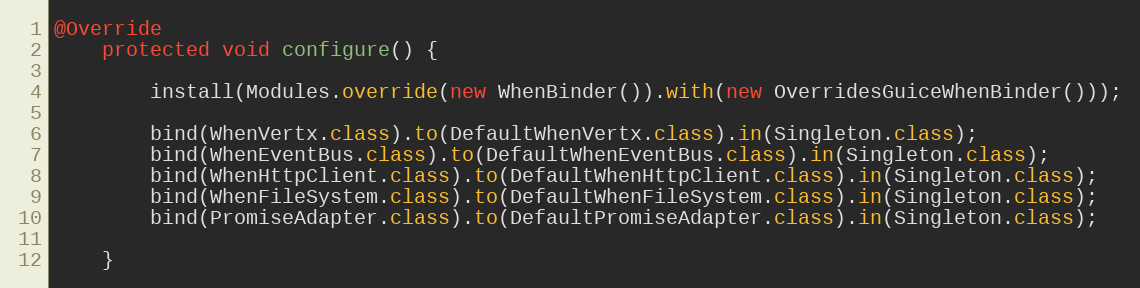
Language: Java
@Override
    protected void configure() {

        install(Modules.override(new WhenBinder()).with(new OverridesGuiceWhenBinder()));

        bind(WhenVertx.class).to(DefaultWhenVertx.class).in(Singleton.class);
        bind(WhenEventBus.class).to(DefaultWhenEventBus.class).in(Singleton.class);
        bind(WhenHttpClient.class).to(DefaultWhenHttpClient.class).in(Singleton.class);
        bind(WhenFileSystem.class).to(DefaultWhenFileSystem.class).in(Singleton.class);
        bind(PromiseAdapter.class).to(DefaultPromiseAdapter.class).in(Singleton.class);

    }